system: You are a helpful assistant.
user:
Analyze the provided spectrum to determine if it is a **S-type Star**.

- **Key Indicators for S-type Star:**

    - **(Overall Spectrum Shape):** The first and most obvious characteristic is the overall continuum (the "baseline" shape). It is **extremely "red-sloping,"** meaning the flux (light intensity) is very low on the left side (blue, ~4000-4500 Å) and rises steeply and continuously toward the right side (red, ~7000 Å+).

    - **(Primary):** The spectrum is defined by the presence of strong, broad molecular absorption "valleys" (bands) from **Zirconium Oxide (ZrO)**. The identification of these bands is the **primary requirement** for classifying a star as S-type.
        - **(Key Bandheads):** You must find distinct, deep "dips" where the light has been absorbed. The most critical band systems to locate are:
            - **~6474 Å** ($\gamma$-system): This is often the strongest and clearest ZrO feature, found in the red part of the spectrum.
            - **~5718 Å** & **~5551 Å** ($\beta$-system): A pair of prominent absorption features in the yellow-orange part of the spectrum.
            - **~4640 Å** ($\alpha$-system): A key absorption band system in the blue-green region of the spectrum.

    - **(Secondary Confirmation):** The classification is strengthened by finding additional absorption bands from other related heavy element oxides, which are expected to be present alongside ZrO.
        - **(Key Bandheads):**
            - **Yttrium Oxide (YO):** Look for absorption dips near **~4800 Å** and **~6100 Å**.
            - **Lanthanum Oxide (LaO):** Additional absorption features, particularly in the red-orange part of the spectrum, are also characteristic.

    - **(Line Profile):** The combination of the steep red continuum and these numerous, deep molecular bands (ZrO, YO, etc.) gives the entire spectrum a very **"chopped-up"** or **"bumpy"** appearance. Instead of a smooth curve, the spectrum looks as though large, wide chunks of light have been "carved out" of it at the specific wavelengths listed above.

Think first, call **spectral_visualization_tool** if needed to examine features in detail, then provide your final answer. Your response must adhere to the following strict rules:
1.  **Overall Structure:** Your response must follow the format `<think>...</think> <tool_call>...</tool_call> (if a tool is used) <answer>...</answer>`.
2.  **Tool Usage Constraint:** You may only make **one** tool call per turn.
3.  **Final Answer Format:** In the `<answer>` tag, your conclusion must be inside a `\boxed{}` command (e.g., `\boxed{YES}` or `\boxed{NO}`), followed by your justification.

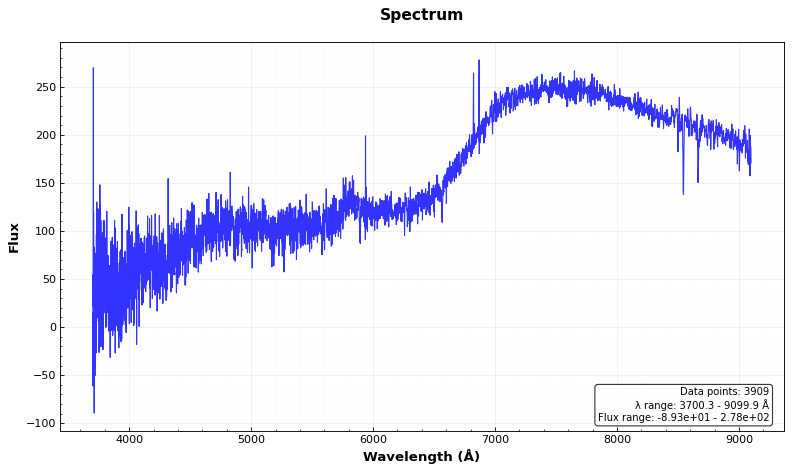
Answer: NO